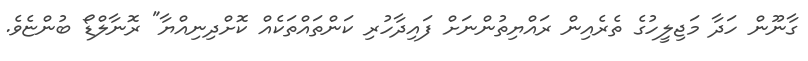
ގާނޫން ހަދާ މަޖިލީހުގެ ތެރެއިން ރައްޔިތުންނަށް ފައިދާހުރި ކަންތައްތަކެއް ކޮށްދިނިއްޔާ" ރޮނާލްޑޯ ބުންޏެވެ.